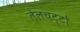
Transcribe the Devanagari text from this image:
तेलचट्टों